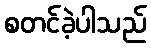
စတင်ခဲ့ပါသည်